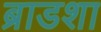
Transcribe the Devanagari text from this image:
ब्राडशा